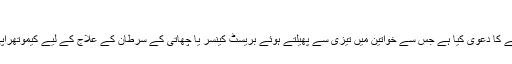
(فائل تصویر: اے ایف پی)
سائنس دانوں نے ایک ایسی دوا تیار کرنے کا دعویٰ کیا ہے جس سے خواتین میں تیزی سے پھیلتے ہوئے بریسٹ کینسر یا چھاتی کے سرطان کے علاج کے لیے کیموتھراپی کے عمل کو کامیاب بنایا جا سکے گا۔